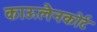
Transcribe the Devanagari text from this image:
काऊलैनकोर्ट